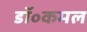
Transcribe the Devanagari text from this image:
डॉ॰कमल